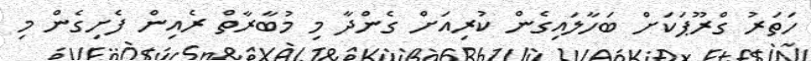
ހަތަރު ގްރޫޕަކަށް ބަހާލައިގެން ކުރިއަށް ގެންދާ މި މުބާރާތް ރެއިން ފެށިގެން މި